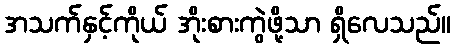
အသက်နှင့်ကိုယ် အိုးစားကွဲဖို့သာ ရှိလေသည်။